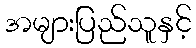
အများပြည်သူနှင့်